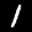
Label: 1